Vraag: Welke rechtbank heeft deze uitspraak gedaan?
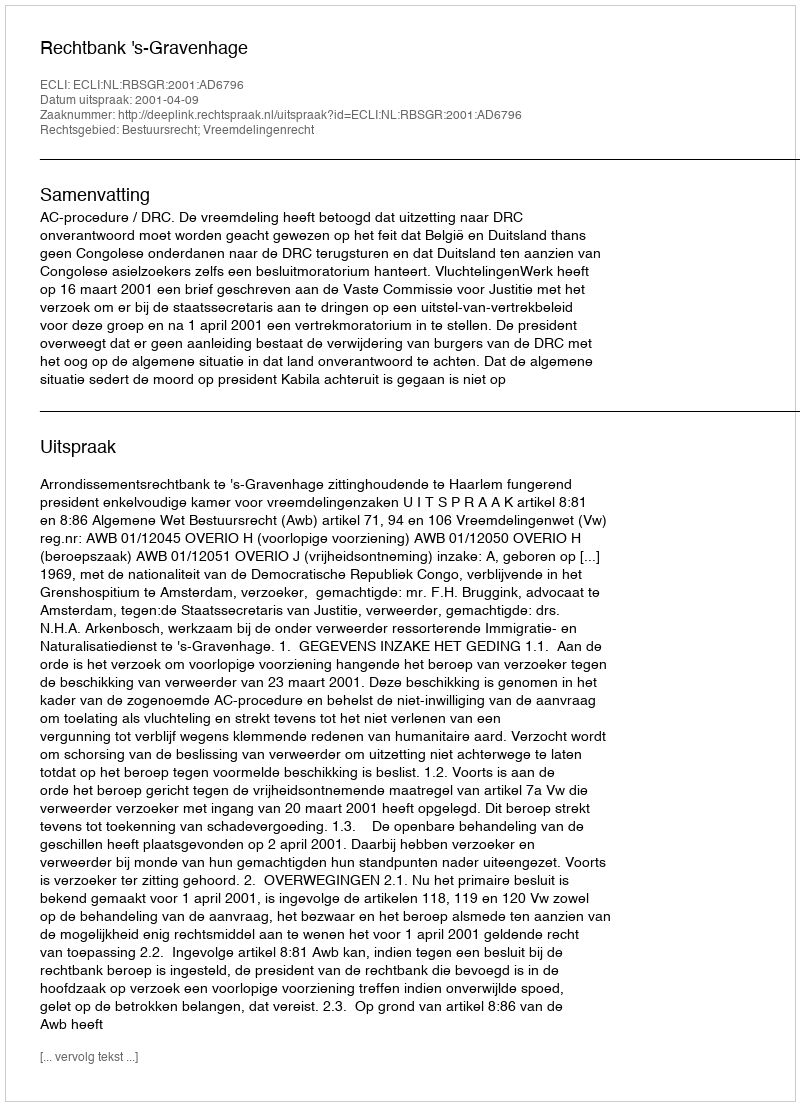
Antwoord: Rechtbank 's-Gravenhage